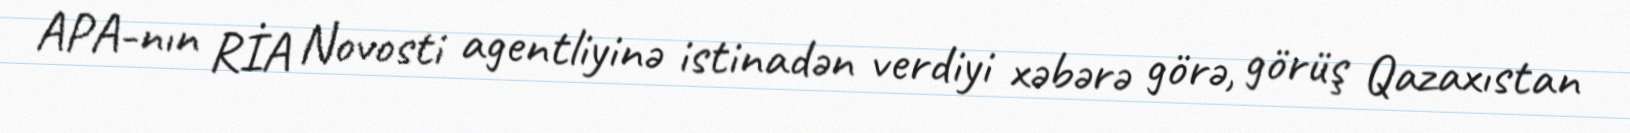
APA-nın RİA Novosti agentliyinə istinadən verdiyi xəbərə görə, görüş Qazaxıstan